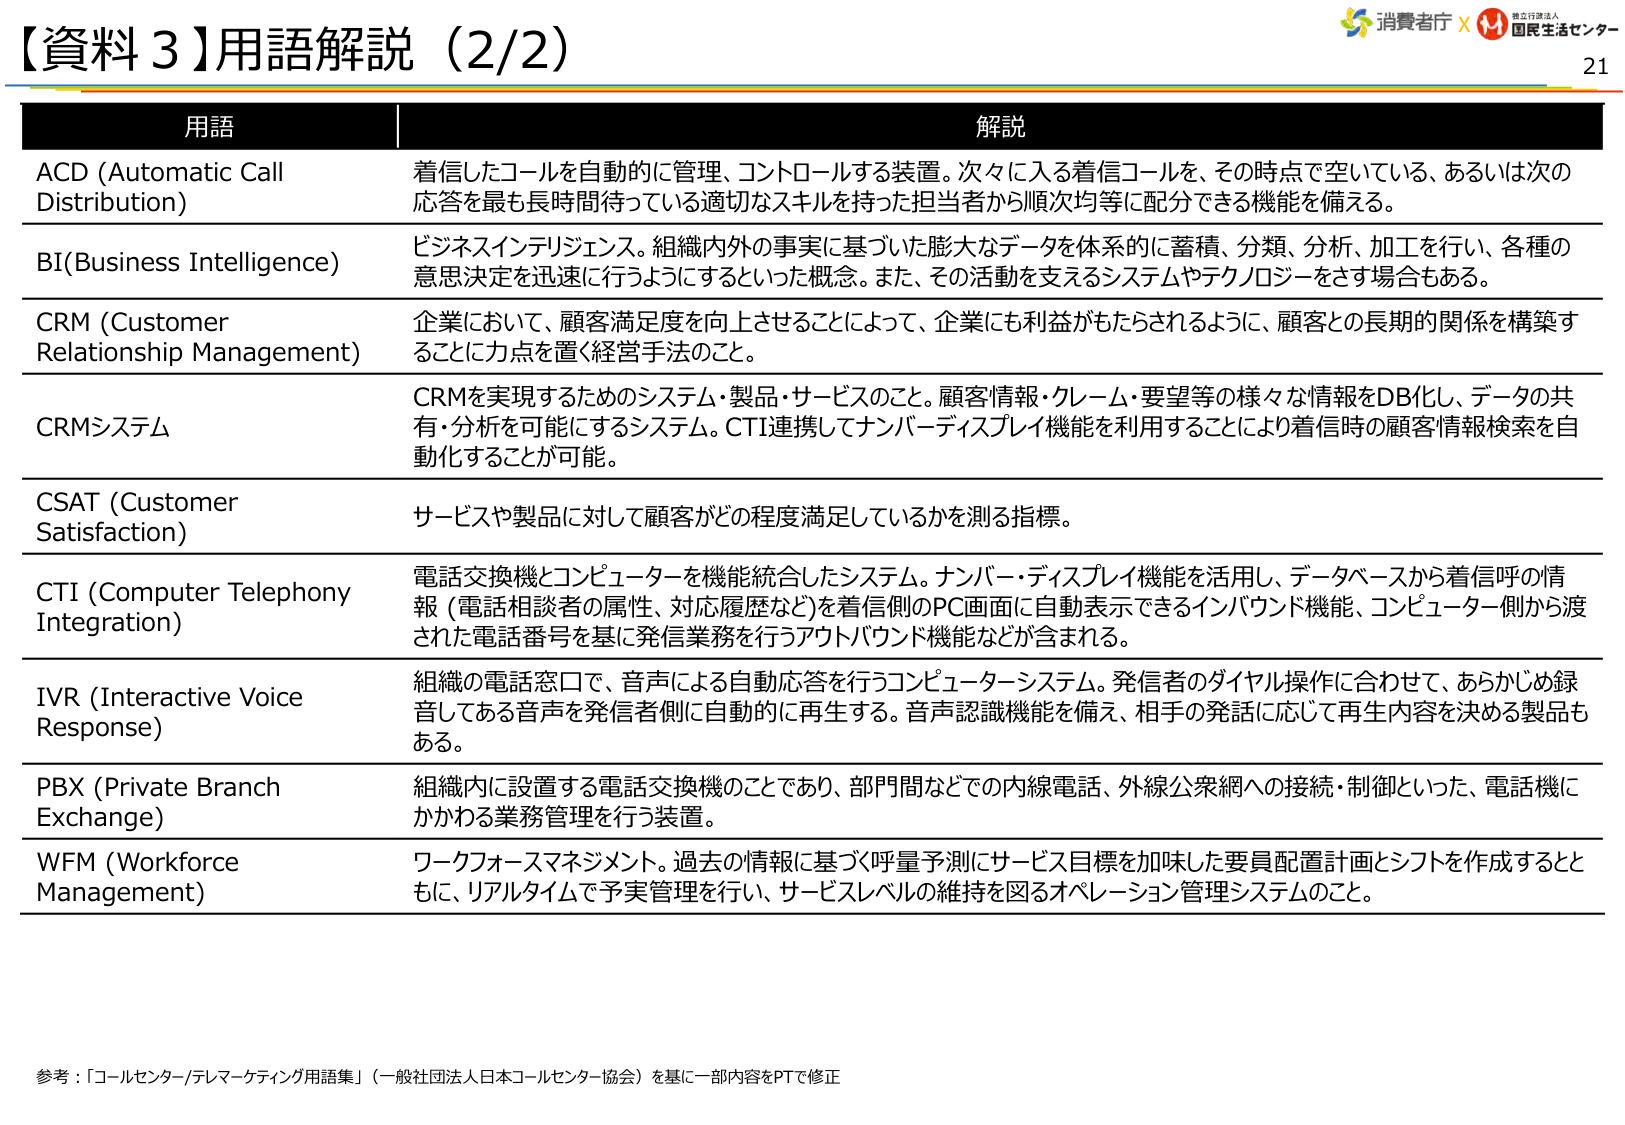
【資料３】用語解説（2/2）

用語 解説

ACD (Automatic Call Distribution) 着信したコールを自動的に管理、コントロールする装置。次々に入る着信コールを、その時点で空いている、あるいは次の応答を最も長時間待っている適切なスキルを持った担当者から順次均等に配分できる機能を備える。

BI(Business Intelligence) ビジネスインテリジェンス。組織内外の事実に基づいた膨大なデータを体系的に蓄積、分類、分析、加工を行い、各種の意思決定を迅速に行うようにするといった概念。また、その活動を支えるシステムやテクノロジーをさす場合もある。

CRM (Customer Relationship Management) 企業において、顧客満足度を向上させることによって、企業にも利益がもたらされるように、顧客との長期的関係を構築することに力点を置く経営手法のこと。

CRMシステム CRMを実現するためのシステム・製品・サービスのこと。顧客情報・クレーム・要望等の様々な情報をDB化し、データの共有・分析を可能にするシステム。CTI連携してナンバーディスプレイ機能を利用することにより着信時の顧客情報検索を自動化することが可能。

CSAT (Customer Satisfaction) サービスや製品に対して顧客がどの程度満足しているかを測る指標。

CTI (Computer Telephony Integration) 電話交換機とコンピューターを機能統合したシステム。ナンバー・ディスプレイ機能を活用し、データベースから着信呼の情報（電話相談者の属性、対応履歴など）を着信側のPC画面に自動表示できるインバウンド機能、コンピューター側から渡された電話番号を基に発信業務を行うアウトバウンド機能などが含まれる。

IVR (Interactive Voice Response) 組織の電話窓口で、音声による自動応答を行うコンピューターシステム。発信者のダイヤル操作に合わせて、あらかじめ録音してある音声を発信者側に自動的に再生する。音声認識機能を備え、相手の発話に応じて再生内容を決める製品もある。

PBX (Private Branch Exchange) 組織内に設置する電話交換機のことであり、部門間などでの内線電話、外線公衆網への接続・制御といった、電話機にかかわる業務管理を行う装置。

WFM (Workforce Management) ワークフォースマネジメント。過去の情報に基づく呼量予測にサービス目標を加味した要員配置計画とシフトを作成するとともに、リアルタイムで予実管理を行い、サービスレベルの維持を図るオペレーション管理システムのこと。

参考：「コールセンター/テレマーケティング用語集」（一般社団法人日本コールセンター協会）を基に一部内容をPTで修正

消費者庁 × 独立行政法人 国民生活センター 21